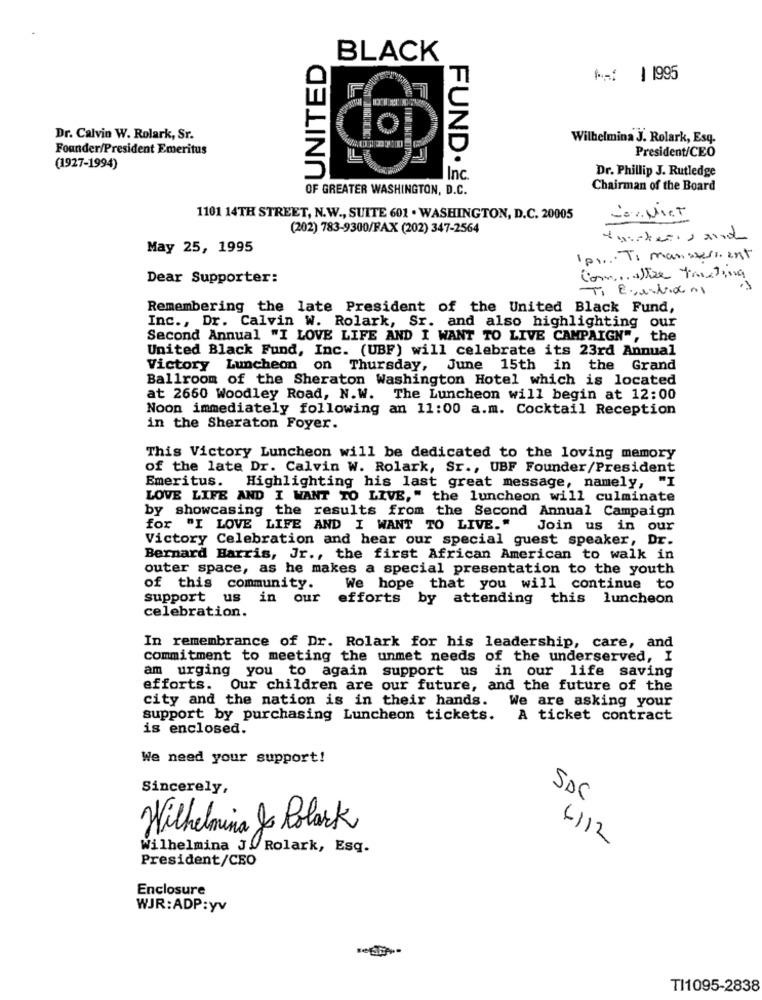
SUNITED
BLACK
T
M1 | 1995
Z
Dr. Calvin W. Rolark, Sr.
Wilhelmina J. Rolark, Esq.
Founder/President Emeritus
President/CEO
(1927-1994)
Dr. Phillip J. Rutledge
Inc.
OF GREATER WASHINGTON, D.C.
Chairman of the Board
1101 14TH STREET, N.W ., SUITE 601 . WASHINGTON, D.C. 20005
Cor NICT
(202) 783-9300/FAX (202) 347-2564
tweakers and
May 25, 1995
Ip1 ... Ti mansersent
Dear Supporter:
Com ... altre trating
Ti Egestione
Remembering the late President of the United Black Fund,
Inc ., Dr. Calvin W. Rolark, Sr. and also highlighting our
Second Annual "I LOVE LIFE AND I WANT TO LIVE CAMPAIGN", the
United Black Fund, Inc. (UBF) will celebrate its 23rd Annual
Victory Luncheon on Thursday, June 15th in the Grand
Ballroom of the Sheraton Washington Hotel which is located
at 2650 Woodley Road, N.W. The Luncheon will begin at 12:00
Noon immediately following an 11:00 a.m. Cocktail Reception
in the Sheraton Foyer.
This Victory Luncheon will be dedicated to the loving memory
of the late Dr. Calvin W. Rolark, Sr ., UBF Founder/President
Emeritus. Highlighting his last great message, namely, "I
LOVE LIFE AND I WANT TO LIVE," the luncheon will culminate
by showcasing the results from the Second Annual Campaign
for "I LOVE LIFE AND I WANT TO LIVE."
Join us in our
Victory Celebration and hear our special guest speaker, Dr.
Bernard Barris, Jr ., the first African American to walk in
outer space, as he makes a special presentation to the youth
of this community.
We hope that you will continue to
support us in our
efforts by attending
this luncheon
celebration.
In remembrance of Dr. Rolark for his leadership, care, and
commitment to meeting the unmet needs of the underserved, I
am urging you to again support us in our life saving
efforts. Our children are our future, and the future of the
city and the nation is in their hands.
We are asking your
support by purchasing Luncheon tickets.
A ticket contract
is enclosed.
We need your support!
Sincerely,
SDC
Wilhelmina & Polark
4112
Wilhelmina J. Rolark, Esq.
President/CEO
Enclosure
WJR: ADP :yv
TI1095-2838